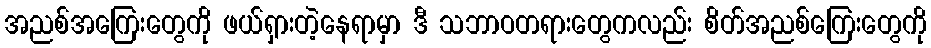
အညစ်အကြေးတွေကို ဖယ်ရှားတဲ့နေရာမှာ ဒီ သဘာဝတရားတွေကလည်း စိတ်အညစ်ကြေးတွေကို